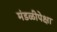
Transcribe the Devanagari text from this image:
मंडळीपेक्षा